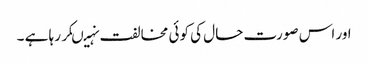
اور اس صورت حال کی کوئی مخالفت نہیںکر رہا ہے ۔